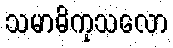
သမာဓိကုသလော